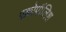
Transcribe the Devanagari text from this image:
एक्रोपॉलिश